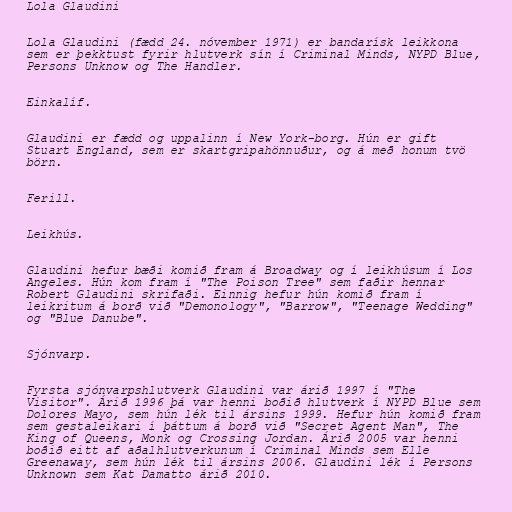
Lola Glaudini

Lola Glaudini (fædd 24. nóvember 1971) er bandarísk leikkona
sem er þekktust fyrir hlutverk sín í Criminal Minds, NYPD Blue,
Persons Unknow og The Handler.

Einkalíf.

Glaudini er fædd og uppalinn í New York-borg. Hún er gift
Stuart England, sem er skartgripahönnuður, og á með honum tvö
börn.

Ferill.

Leikhús.

Glaudini hefur bæði komið fram á Broadway og í leikhúsum í Los
Angeles. Hún kom fram í "The Poison Tree" sem faðir hennar
Robert Glaudini skrifaði. Einnig hefur hún komið fram í
leikritum á borð við "Demonology", "Barrow", "Teenage Wedding"
og "Blue Danube".

Sjónvarp.

Fyrsta sjónvarpshlutverk Glaudini var árið 1997 í "The
Visitor". Árið 1996 þá var henni boðið hlutverk í NYPD Blue sem
Dolores Mayo, sem hún lék til ársins 1999. Hefur hún komið fram
sem gestaleikari í þáttum á borð við "Secret Agent Man", The
King of Queens, Monk og Crossing Jordan. Árið 2005 var henni
boðið eitt af aðalhlutverkunum í Criminal Minds sem Elle
Greenaway, sem hún lék til ársins 2006. Glaudini lék í Persons
Unknown sem Kat Damatto árið 2010.